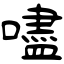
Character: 嚍